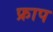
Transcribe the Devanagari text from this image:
फ्राप